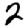
Digit: 2